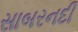
સાબરનદી